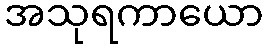
အသုရကာယော